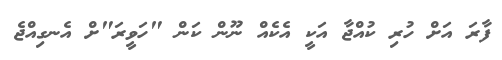
ފާރަ އަށް ހުރި ކުއްޖާ އަކީ އެކެއް ނޫން ކަން "ހަވީރަ"ށް އެނގިއްޖެ